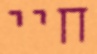
חיי